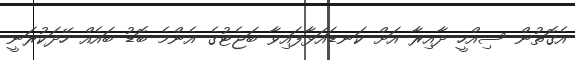
އެގޮތުން ސިއްހީ ދާއިރާ އަށް ކަނޑައަޅާފައިވާ ބަޖެޓުގެ އެންމެ ބޮޑު ބައެއް ހޭދަކުރަނީ